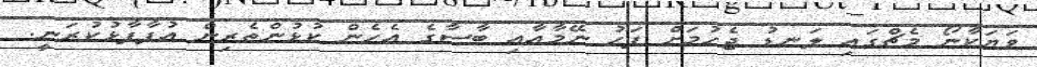
ވަޔަކާނޯ މެޗްގައި ލަނޑު ޖެހުމަށް ފަހު ނޭމާއާއި ބާސާގެ އެހެން ކުޅުންތެރިން އުފާފާޅުކުރަނީ.